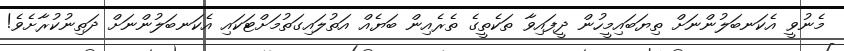
މެނުވީ އެކަނބަލުންނަށް ތިޔަބައިމީހުން ދީފައިވާ ތަކެތީގެ ތެރެއިން ބަޔެއް އަތުލައިގަތުމަށްޓަކައި އެކަނބަލުންނަށް ދަތިނުކުރާށެވެ!